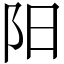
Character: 阳